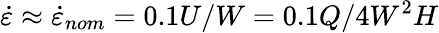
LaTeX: \dot{\varepsilon}\approx\dot{\varepsilon}_{nom}=0.1U/W=0.1Q/4W^{2}H